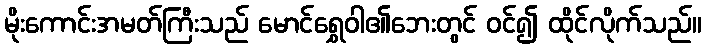
မိုးကောင်းအမတ်ကြီးသည် မောင်ရွှေဝါ၏ဘေးတွင် ဝင်၍ ထိုင်လိုက်သည်။